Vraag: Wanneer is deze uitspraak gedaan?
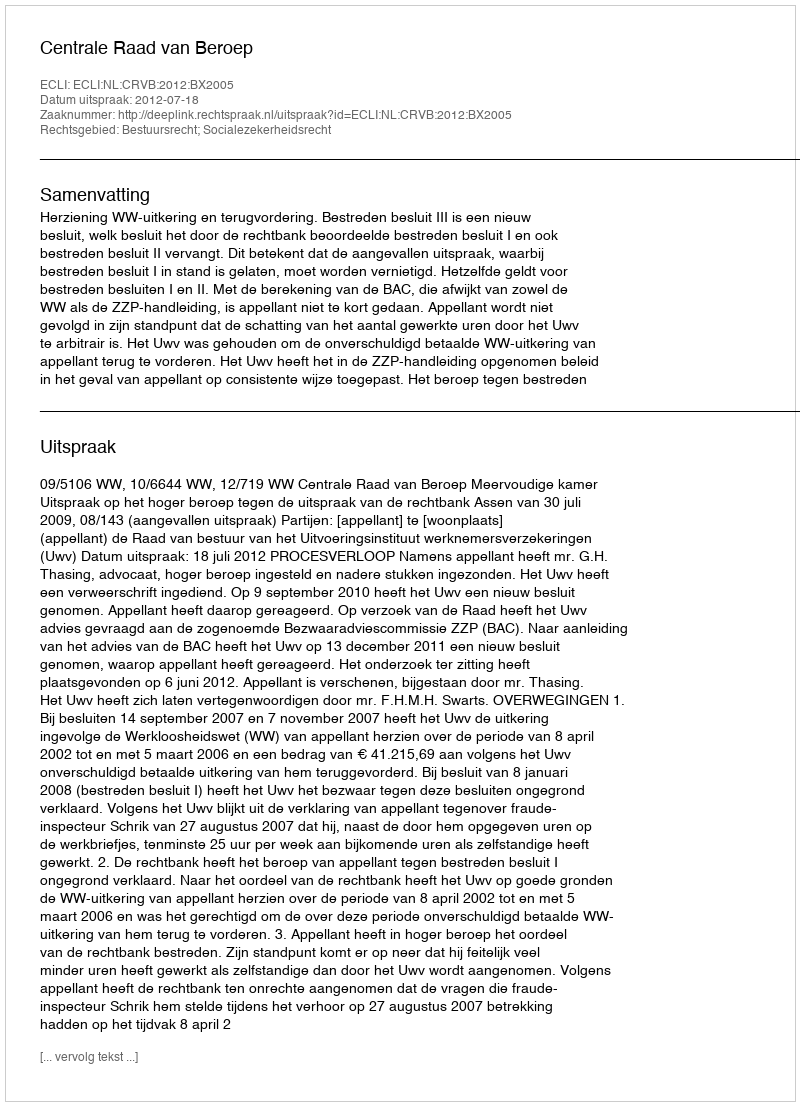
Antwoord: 2012-07-18